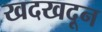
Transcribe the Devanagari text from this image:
खदखदून